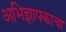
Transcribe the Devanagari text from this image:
अभिज्ञापकाचा